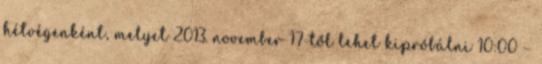
hétvégenként, melyet 2013. november 17-től lehet kipróbálni 10:00 –